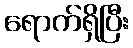
ရောက်ရှိပြီး